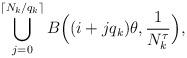
LaTeX: \begin{align*}\bigcup_{j=0}^{\lceil N_k/q_k\rceil} B\Big((i+jq_k)\theta, {1\over N_k^\tau}\Big),\end{align*}